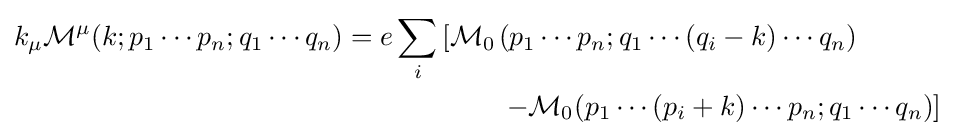
{\begin{aligned}k_{\mu }{\mathcal {M}}^{\mu }(k;p_{1}\cdots p_{n};q_{1}\cdots q_{n})=e\sum _{i}\left[{\mathcal {M}}_{0}\right.&(p_{1}\cdots p_{n};q_{1}\cdots (q_{i}-k)\cdots q_{n})\\&\left.-{\mathcal {M}}_{0}(p_{1}\cdots (p_{i}+k)\cdots p_{n};q_{1}\cdots q_{n})\right]\end{aligned}}